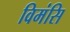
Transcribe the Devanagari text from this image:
विमंसि